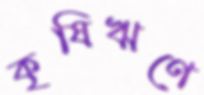
কৃষিঋণে